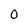
Character: 0